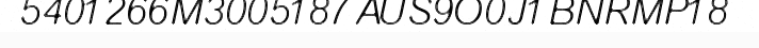
5401266M3005187AUS9O0J1BNRMP18